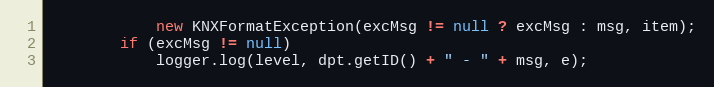
Language: Java
			new KNXFormatException(excMsg != null ? excMsg : msg, item);
		if (excMsg != null)
			logger.log(level, dpt.getID() + " - " + msg, e);